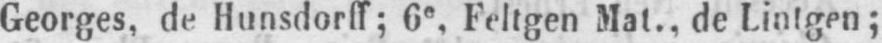
Georges, de Hunsdorff; 6e Feltgen Mat., de Lintgen;